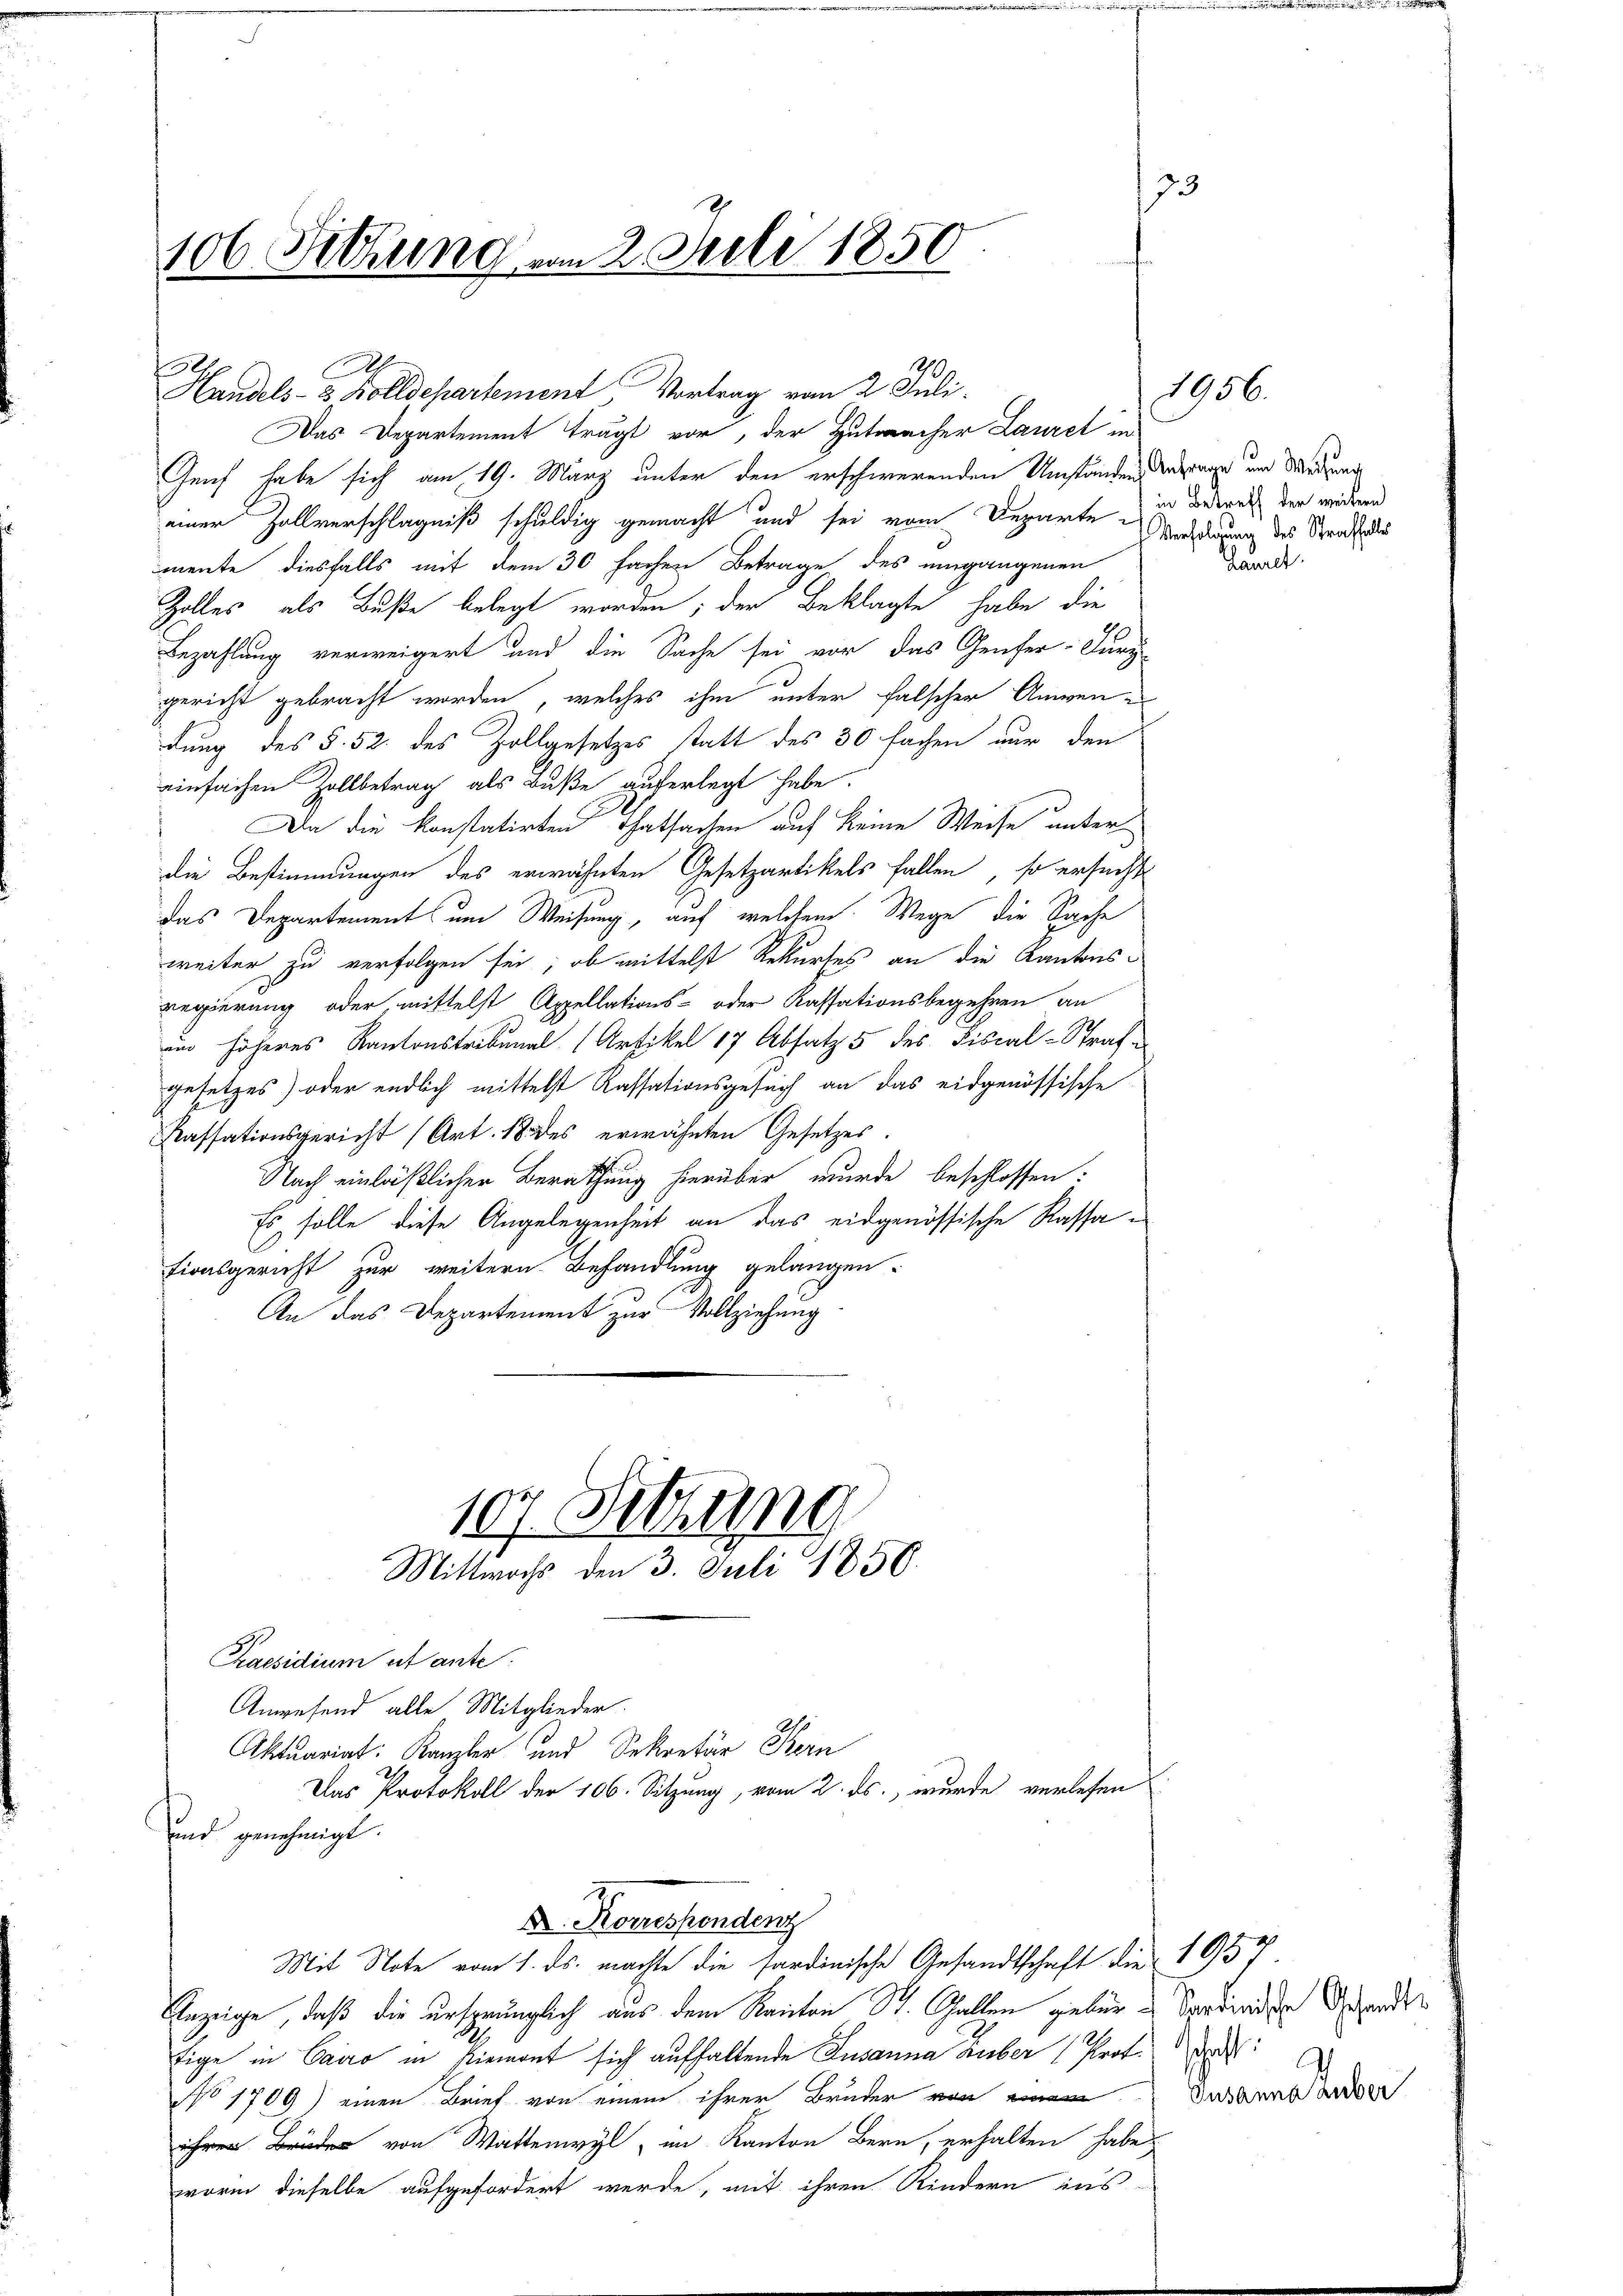
106. Sitzung vom 2. Juli 1850.

Handels- 2 Zolldepartement, Vortrag vom 2. Juli.
Genf habe sich am 19. März unter den erschwerenden Umständen diesen und Wiederung
einer Zollverschlägniß schuldig gemacht und sei vom Departe in dadurch der wideren
mente diesfalls mit dem 30 fachen Betrage des umgangenen
Zolles, als Buße belegt worden; der Beklagte habe die
Bezahlung verweigert und die Sache sei vor das Genfer-Jury-
gericht gebracht worden, welches ihm unter falscher Anwendung des §. 52. des Zollgesetzes statt des 30 fachen nur den
einfachen Zollbetrag als Buße auferlegt habe.
Da die konstatirten Thatsachen auf keine Weise unter
die Bestimmungen des erwähnten Gesetzartikels fallen, so ersucht
das Departementum Weisung, auf welchem Wege die Sache
weiter zu verfolgen sei, ob mittelst Rekurses an die Kantonsregierung oder mittelst Appellations- oder Kassationsbegehren an
in höheres Kantonstribunal (Artikel 17 Absatz 5 des Fiscal-Strafe
gesetzes) oder endlich mittelst Kassationsgesuch an das eidgenössische
Kassationsgericht (Art. 18 des erwähnten Gesetzes.
Nach einläßlicher Berathung hierüber wurde beschlossen:
Es solle diese Angelegenheit an das eidgenössische Kassationsgericht zur weitern Behandlung gelangen:
An das Departement zur Vollziehung
107 Setzung
Mittwochs den 3. Juli 1856.
Praesidium et ante
Anwesend alle Mitglieder.
Aktuariat: Kanzler und Sekretär Bern
Das Protokoll der 106. Sitzung, vom 2. ds., wurde verlesen
und genehmigt.
A. Korrespondenz
Mit Note vom 1. ds. machte die sardinische Gesandtschaft die 1934
Anzeige, daß die ursprünglich aus dem Kanton St. Gallen geben Serbinden Grande
tige in Cairo in Niemant sich aufhaltende Susanna Huber Prof. Das
No 1709) einen Brief von einem ihrer Bruder von ein
 von Watten, im Kanton Bern, erhalten habe.
worin dieselbe aufgefordert werde, mit ihren Kindern ins

h
.

Das Departement trägt vor, der Hutwacher Lauret in

3

Verfolgung des Straffalles
Lauret.

1956.

.
Jusanna Huber